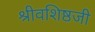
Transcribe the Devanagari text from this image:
श्रीवशिष्ठजी